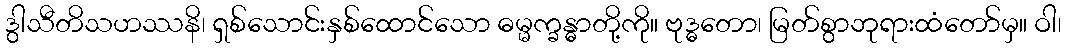
ဒွါသီတိသဟဿနိ၊ ရှစ်သောင်းနှစ်ထောင်သော ဓမ္မက္ခန္ဓာတို့ကို။ ဗုဒ္ဓတော၊ မြတ်စွာဘုရားထံတော်မှ။ ဝါ၊